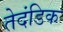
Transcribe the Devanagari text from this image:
तेदंडिक